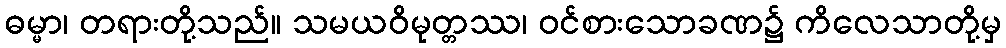
ဓမ္မာ၊ တရားတို့သည်။ သမယဝိမုတ္တဿ၊ ဝင်စားသောခဏ၌ ကိလေသာတို့မှ